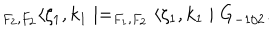
LaTeX: _ { F _ { 2 } , F _ { 2 } } \langle \zeta _ { 1 } , k _ { 1 } \mid = _ { F _ { 1 } , F _ { 2 } } \langle \zeta _ { 1 } , k _ { 1 } \mid G _ { - 1 / 2 } .